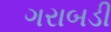
ગરાબડી